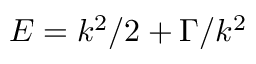
E = k ^ { 2 } / 2 + \Gamma / k ^ { 2 }